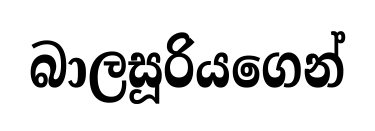
බාලසූරියගෙන්